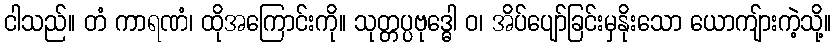
ငါသည်။ တံ ကာရဏံ၊ ထိုအကြောင်းကို။ သုတ္တပ္ပဗုဒ္ဓေါ ဝ၊ အိပ်ပျော်ခြင်းမှနိုးသော ယောကျ်ားကဲ့သို့။